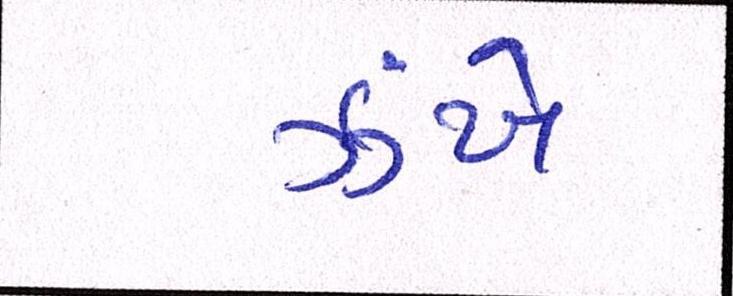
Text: ઝંખે